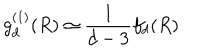
LaTeX: g _ { d } ^ { ( 1 ) } ( R ) \simeq \frac { 1 } { d - 3 } f _ { d } ( R )